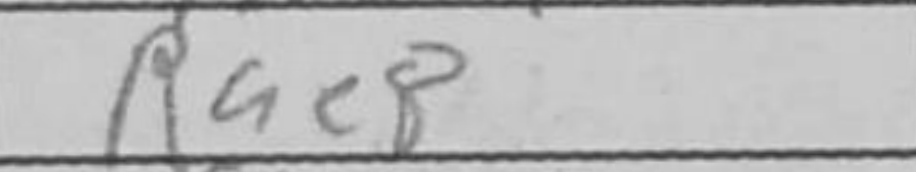
Transcription: Rae8